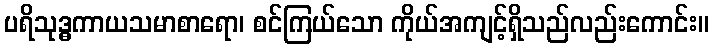
ပရိသုဒ္ဓကာယသမာစာရော၊ စင်ကြယ်သော ကိုယ်အကျင့်ရှိသည်လည်းကောင်း။